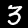
Digit: 3